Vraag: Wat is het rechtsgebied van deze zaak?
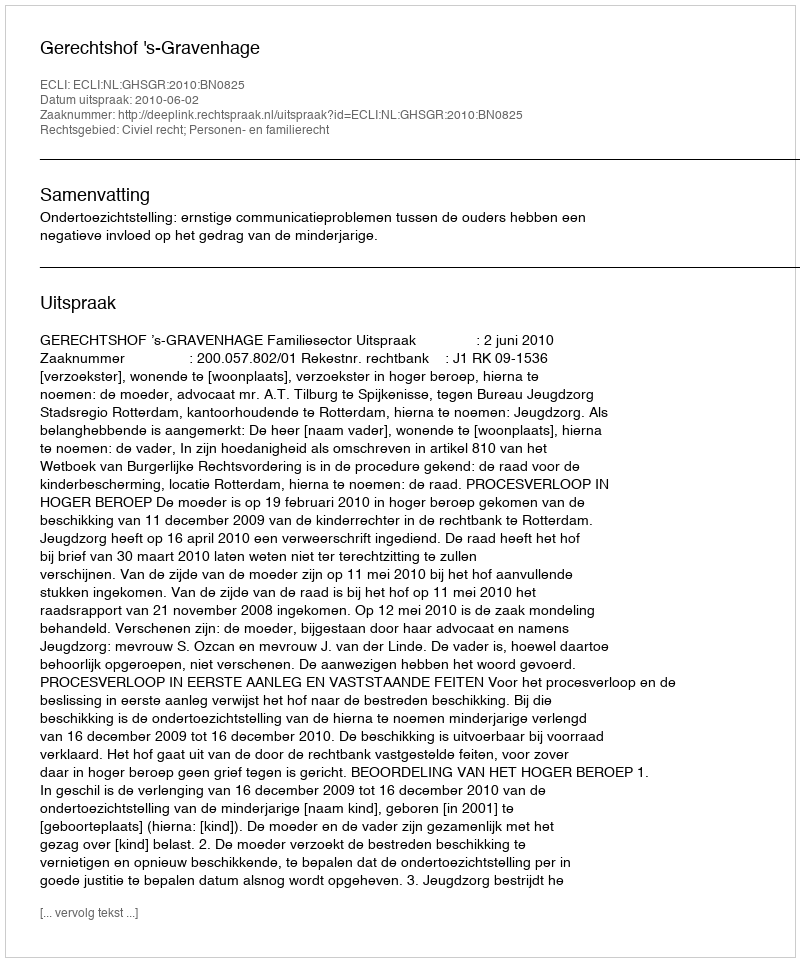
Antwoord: Civiel recht; Personen- en familierecht